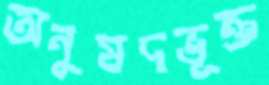
অনুষদভূক্ত